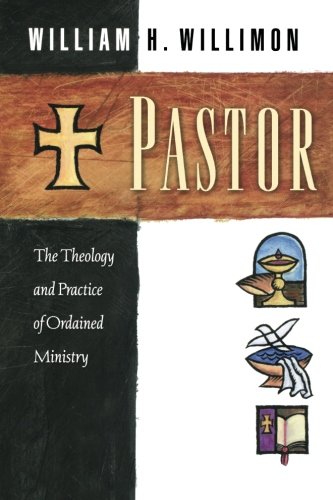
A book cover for Pastor: The Theology and Practice of Ordained Ministry; William H. Willimon; Christian Books & Bibles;